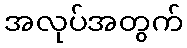
အလုပ်အတွက်